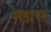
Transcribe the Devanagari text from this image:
मग्नस